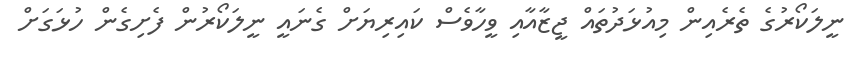
ނީލަކޯރުގެ ތެރެއިން މިއުޅަދުތައް ޖީޒާއާއި ވީހާވެސް ކައިރިޔަށް ގެނައީ ނީލަކޯރުން ފެށިގެން ހުޅަގަށް